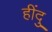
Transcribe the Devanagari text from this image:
हींदु